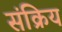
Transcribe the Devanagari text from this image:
संक्रिय